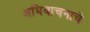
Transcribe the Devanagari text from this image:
अभिवाचनाचे